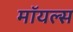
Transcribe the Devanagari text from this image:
मॉयल्स